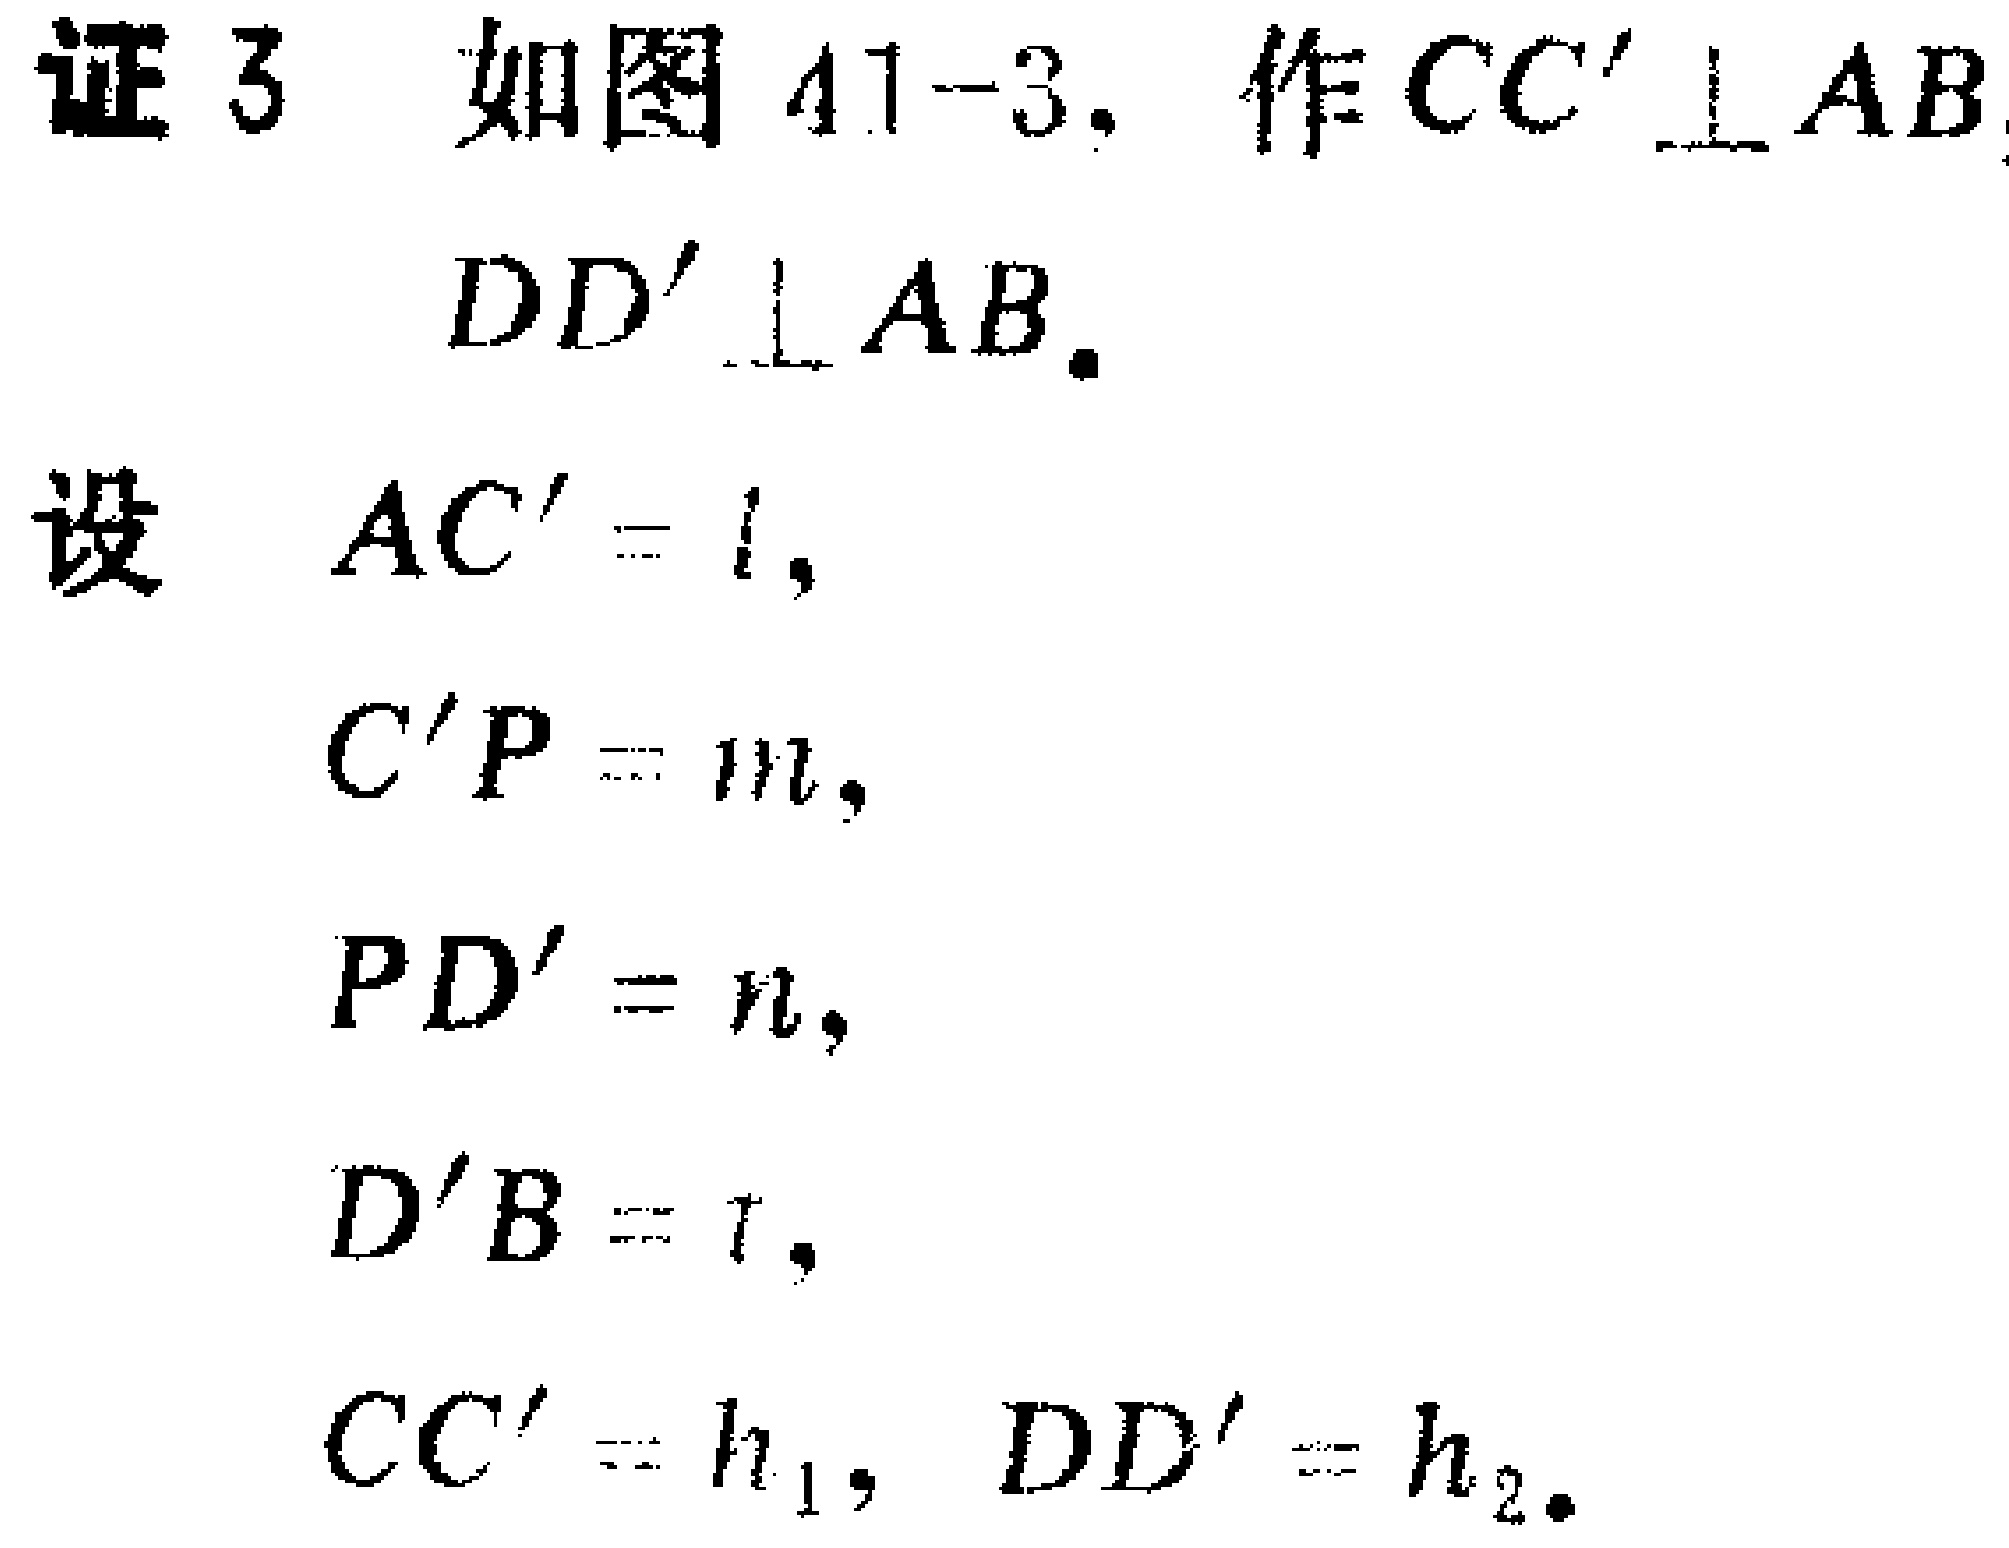
证 3 如图 41-3，作 \(CC'\perp AB\)
\(DD'\perp AB\).
设 \(AC' = l\)，
\(C'P = m\)，
\(PD' = n\)，
\(D'B = t\)，
\(CC' = h_1\)，\(DD' = h_2\).